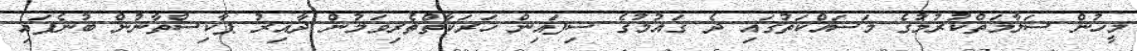
މީހުން ސަލާމަތްކުރުމުގެ މަސައްކަތުގައި ދެ ގައުމުގެ ސިފައިން ހަރަކާތްތެރިވަމުން ދާއިރު ޕާކިސްތާނުން ބުނެފައި